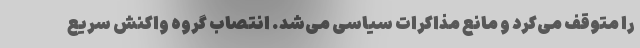
را متوقف می‌کرد و مانع مذاکرات سیاسی می‌شد. انتصاب گروه واکنش سریع